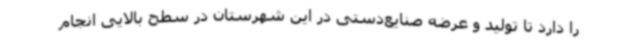
را دارد تا تولید و عرضه صنایع‌دستی در این شهرستان در سطح بالایی انجام